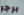
برجر